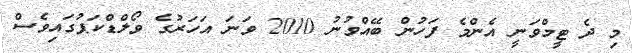
މި ދެ ޓީމްވަނީ އެންމެ ފަހުން ބޭއްވުނު 2010 ވަނަ އަހަރުގެ ވޯލްޑްކަޕުގައިވެސް